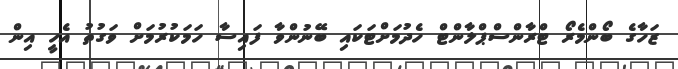
ޒަހާގެ ބޯންމެރޯ ޓްރާންސްޕްލާންޓް ހެދުމަށްޓަކައި ބޭނުންވާ ފައިސާ ހަމަކުރުމަށް ވަގުތު އެހީ އިން